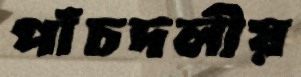
পাঁচদলীয়